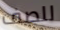
للصف